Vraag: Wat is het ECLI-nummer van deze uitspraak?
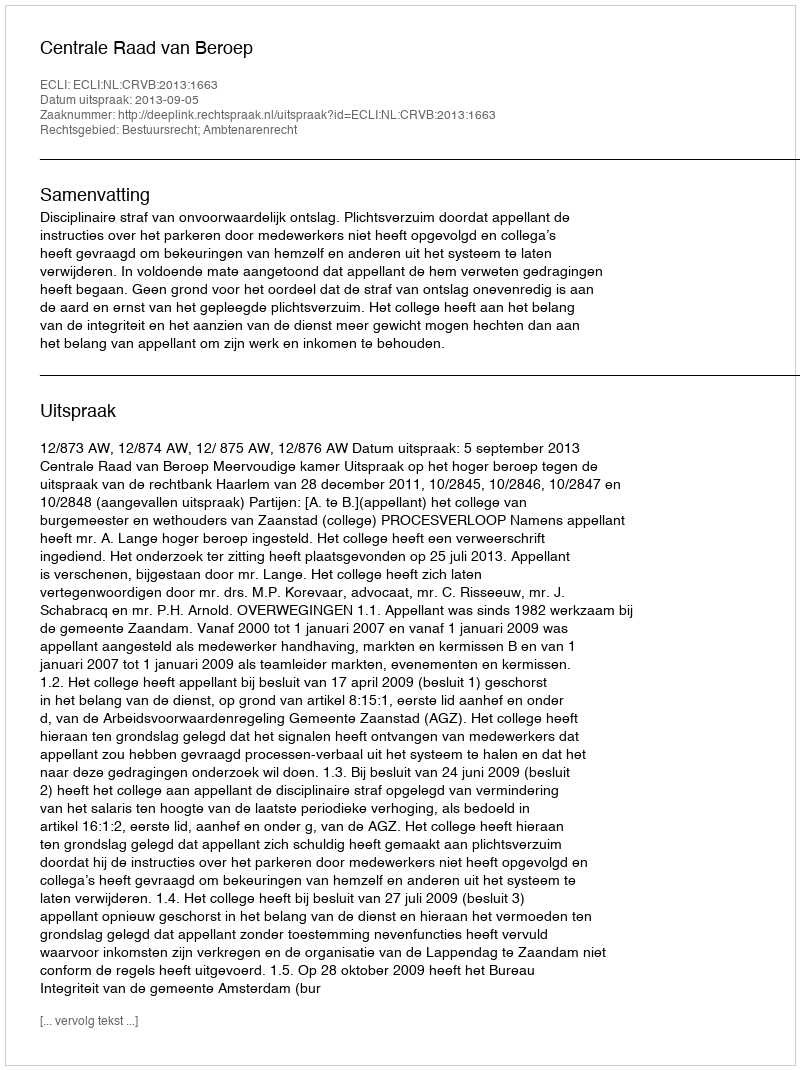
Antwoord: ECLI:NL:CRVB:2013:1663